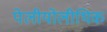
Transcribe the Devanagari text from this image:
पेलीयोलीथिक